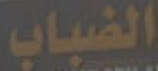
الضباب